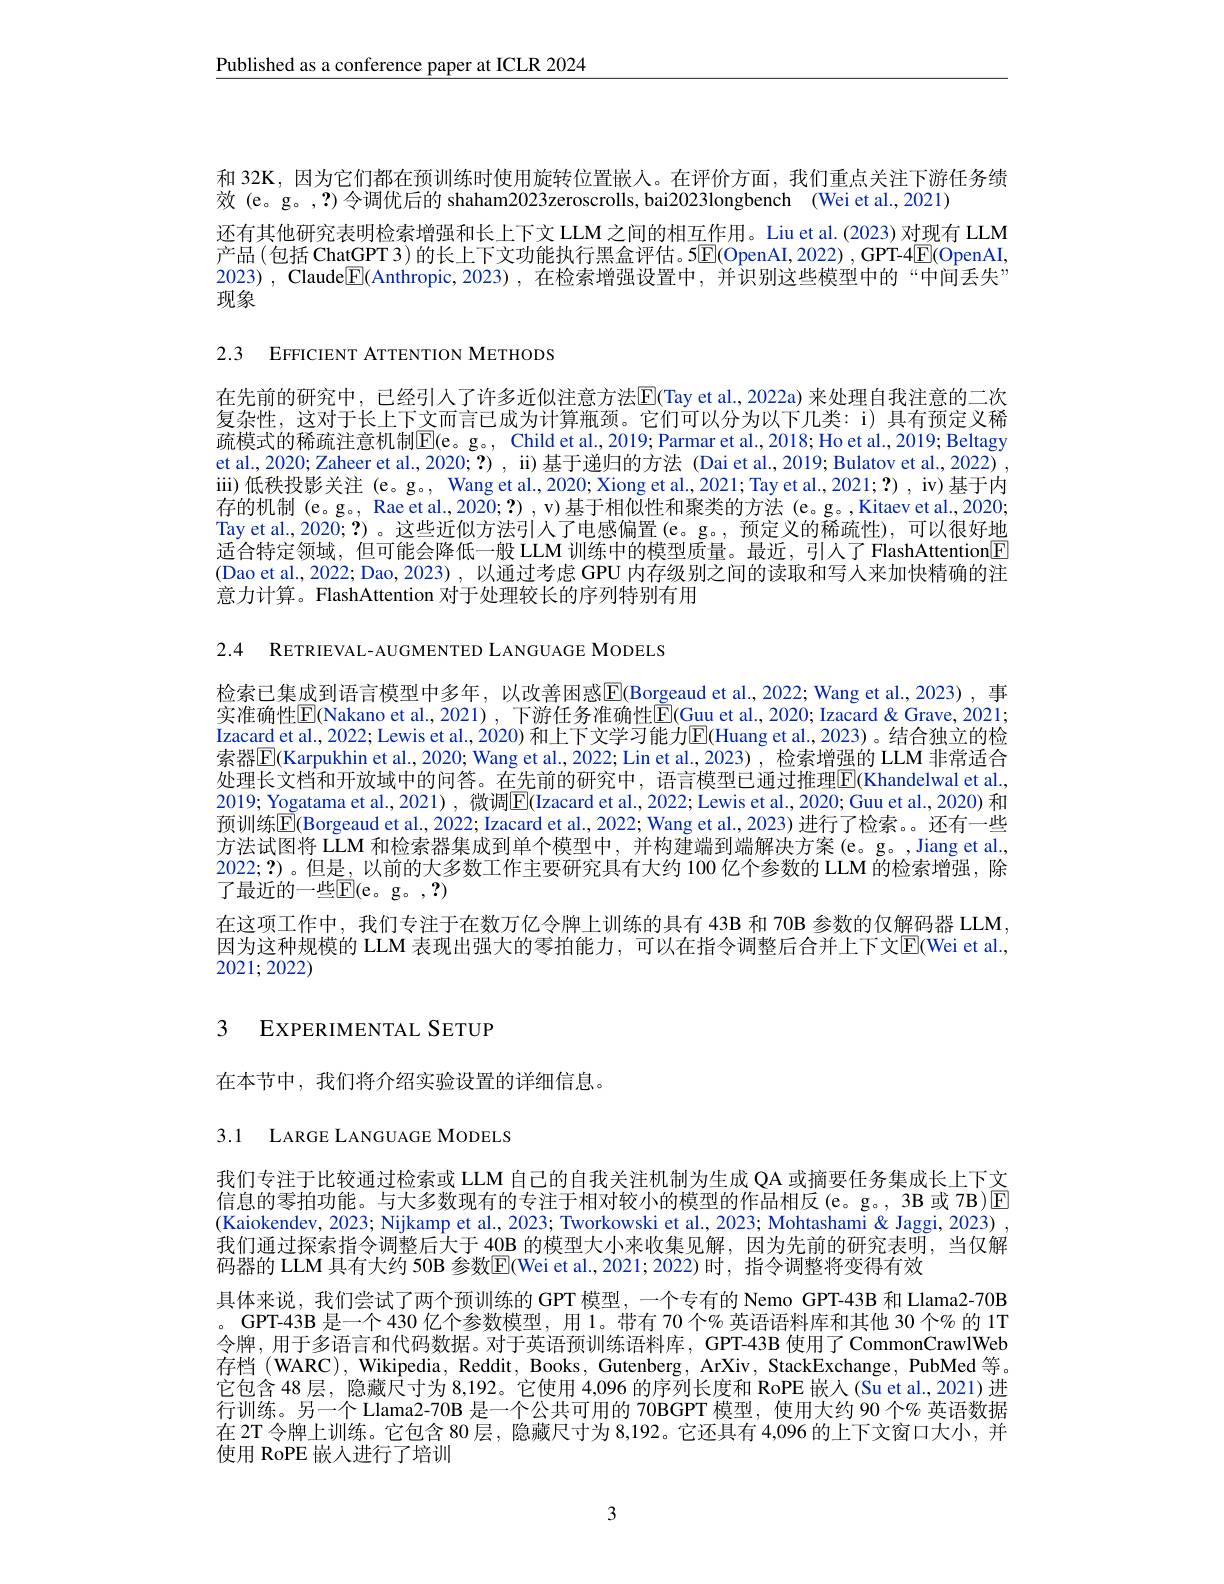
$\underline{\text{Published as a conference paper at ICLR 2024}}$

和 32K, 因为它们都在预训练时使用旋转位置嵌人。在评价方面，我们重点关注下游任务绩
效 (e。g。,?) 令调优后的 shaham2023zeroscrolls, bai2023longbench (Wei et al.,2021)
还有其他研究表明检索增强和长上下文 LLM 之间的相互作用。Liu et al.(2023) 对现有 LLM 产品(包括 ChatGPT 3) 的长上下文功能执行黑盒评估。5$\overline{\mathrm{E}}($OpenAI, 2022) , GPT-4$\boxed{\mathrm{E}}($OpenAI, 2023), Claude$\boxed{\mathrm{E}}($Anthropic,2023),在检索增强设置中，并识别这些模型中的“中间丢失” 现象

2.3 EFFICIENT ATTENTION METHODS

在先前的研究中，已经引人了许多近似注意方法$\mathbb{E}$(Tay et al., 2022a) 来处理自我注意的二次复杂性，这对于长上下文而言已成为计算瓶颈。它们可以分为以下几类：i) 具有预定义稀疏模式的稀疏注意机制$\mathbb{E}($e。g。, Child et al., 2019; Parmar et al., 2018; Ho et al., 2019; Beltagy et al., 2020; Zaheer et al., 2020; ?) , ii) 基于递归的方法 (Dai et al., 2019; Bulatov et al., 2022) iii) 低 秩 投 影 关 注 ( e。g。, Wang et al. , 2020; Xiong et al. , 2021; Tay et al. , 2021; Tay et al. , 2021; ? ) , iv) 基 于 内 左 始 却 制 $( \mathrm{Pred}_{\:}( \mathrm{Pred}_{\:}( \mathrm{Pred}_{\:}( \mathrm{Pred}_{\:}( \mathrm{Pred}_{\:}( \mathrm{Pred}_{\:}( \mathrm{Pred}_{\:}( \mathrm{Pred}_{\:}( \mathrm{Ped}_{\:}( \mathrm{Pred}_{\:}( \mathrm{Pred}_{\text{}}$ 存的机制 (e。g。, Rae et al., 2020; ?) , v) 基于相似性和聚类的方法 (e。g。,Kitaev et al., 2020; Tay et al., 2020; ?)。这些近似方法引入了电感偏置 (e。g。, 预定义的稀疏性),可以很好地适合特定领域，但可能会降低一般 LLM 训练中的模型质量。最近，引人了 FlashAttention[F] (Dao et al., 2022; Dao, 2023) , 以通过考虑 GPU 内存级别之间的读取和写人来加快精确的注意力计算。FlashAttention 对于处理较长的序列特别有用

2.4 RETRIEVAL-AUGMENTED LANGUAGE MODELS

检索已集成到语言模型中多年，以改善困惑$\overline{\mathrm{E}}($Borgeaud et al.,2022; Wang et al.,2023),事实准确性$\overline{\mathrm{E}}($Nakano et al.,2021), 下游任务准确性$\underline{\mathrm{E}}($Guu et al.,2020; Izacard&Grave, 2021; Izacard et al., 2022; Lewis et al., 2020) 和上下文学习能力$\mathbb{E}($Huang et al., 2023) 。结合独立的检索器$\overline{\mathrm{E}}($Karpukhin et al., 2020; Wang et al., 2022; Lin et al., 2023) , 检索增强的 LLM 非常适合处理长文档和开放域中的问答。在先前的研究中，语言模型已通过推理$\boxed{\mathrm{F}}($Khandelwal et al, 2019; Yogatama et al., 2021), 微调$\boxed{\mathrm{E}}($Izacard et al., 2022; Lewis et al., 2020; Guu et al., 2020) 和预训练$\mathbb{E}($Borgeaud et al., 2022; Izacard et al., 2022; Wang et al., 2023) 进行了检索。。还有一些方法试图将 LLM 和检索器集成到单个模型中，并构建端到端解决方案(e。g。,Jiang et al, 2022;?)。但是，以前的大多数工作主要研究具有大约 100 亿个参数的 LLM 的检索增强，除了最近的一些$\mathbb{E}($e。g。,?)
在这项工作中，我们专注于在数万亿令牌上训练的具有 43B 和 70B 参数的仅解码器 LLM, 因为这种规模的 LLM 表现出强大的零拍能力，可以在指令调整后合并上下文$\overline{\mathrm{E}}($Wei et al., $\vec{20}21;2022)$

## 3 EXPERIMENTAL SETUP

在本节中，我们将介绍实验设置的详细信息。

3.1 LARGE LANGUAGE MODELS

我们专注于比较通过检索或 LLM 自己的自我关注机制为生成 QA 或摘要任务集成长上下文信息的零拍功能。与大多数现有的专注于相对较小的模型的作品相反(e。g。,3B或7B)$\boxed{\mathrm{E}}$ (Kaiokendev, 2023; Nijkamp et al., 2023; Tworkowski et al., 2023; Mohtashami & Jaggi, 2023) , 我们通过探索指令调整后大于 40B 的模型大小来收集见解，因为先前的研究表明，当仅解码器的 LLM 具有大约 50B 参数$\overline{\mathrm{E}}$(Wei et al.,2021; 2022)时，指令调整将变得有效
具体来说，我们尝试了两个预训练的 GPT 模型，一个专有的 Nemo GPT-43B 和 Llama2-70B 。GPT-43B 是一个 430 亿个参数模型，用 1。带有 70 个% 英语语料库和其他 30 个% 的 1T 令牌，用于多语言和代码数据。对于英语预训练语料库，GPT-43B 使用了 CommonCrawlWeb 存档 (WARC), Wikipedia, Reddit, Books, Gutenberg, ArXiv, StackExchange, PubMed 等。它包含 48层，隐藏尺寸为 8,192。它使用 4,096 的序列长度和 RoPE 嵌人 (Su et al., 2021) 进行训练。另一个 Llama2-70B 是一个公共可用的 70BGPT 模型，使用大约 90 个% 英语数据在 2T 令牌上训练。它包含 80 层，隐藏尺寸为 8,192。它还具有 4,096 的上下文窗口大小，并使用 RoPE 嵌入进行了培训

3